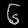
Digit: ၆